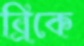
ব্রিকে